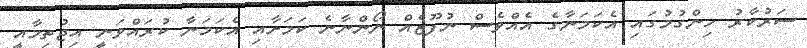
ސަރުކާރު ހިންގުމުގައި އެކަމަނާގެ އެއްވެސް ނުފޫޒެއް ނޯންނާނެ ކަމަށާއި އެކަމަނާ ކުރައްވަނީ އިޖުތިމާއީ